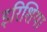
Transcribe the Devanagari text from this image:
इरिशिया